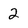
Character: 2